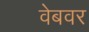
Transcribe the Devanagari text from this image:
वेबवर